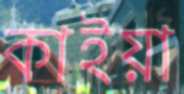
কাইয়া